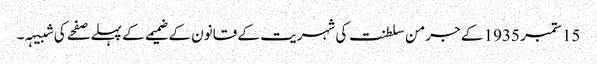
15 ستمبر 1935 کے جرمن سلطنت کی شہریت کے قانون کے ضمیمے کے پہلے صفحے کی شبیہہ۔